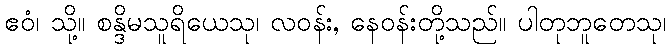
ဧဝံ၊ သို့။ စန္ဒိမသူရိယေသု၊ လဝန်း, နေဝန်းတို့သည်။ ပါတုဘူတေသု၊